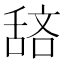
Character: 𫇖